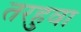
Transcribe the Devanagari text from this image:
तरहुवा